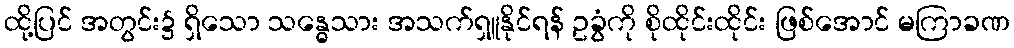
ထို့ပြင် အတွင်း၌ ရှိသော သန္ဓေသား အသက်ရှူနိုင်ရန် ဥခွံကို စိုထိုင်းထိုင်း ဖြစ်အောင် မကြာခဏ